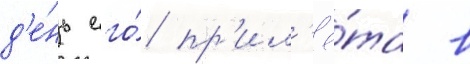
д'е́нь его́ пр'ил'ё́та в